Lock hospitals Punjab
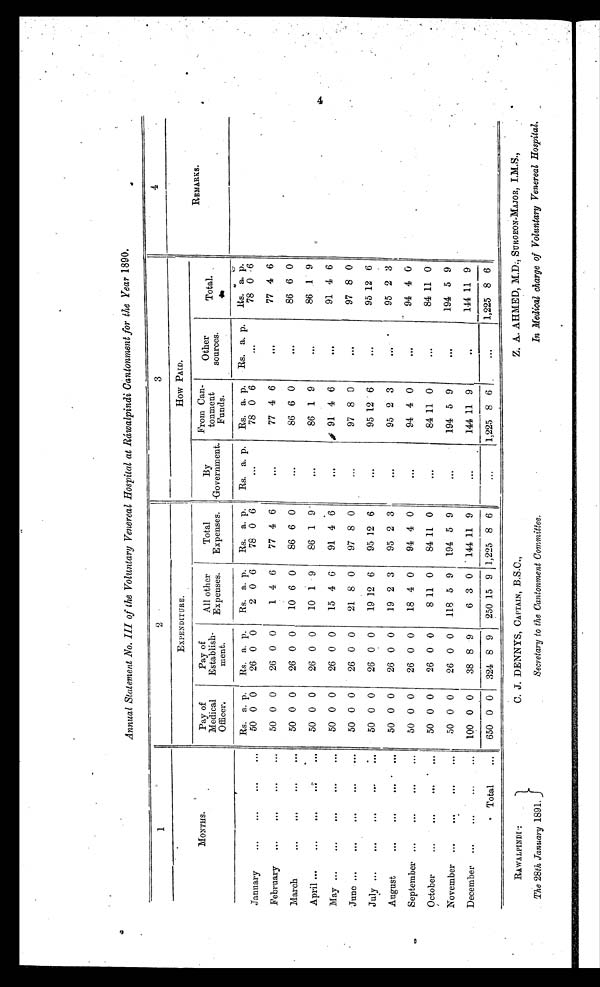
Annual Statement No. III of the Voluntary Venereal Hospital at Ráwalpindi Cantonment for the Year 1890.
1
2
3
4
MONTHS.
EXPENDITURE.
How PAID.
REMARKS.
Pay of
Medical
Officer.
Pay of
Establish-
ment.
All other
Expenses.
Total
Expenses.
By
Government.
From Can-
tonment
Funds.
Other
sources.
Total.
Rs. a. p.
Rs. a. p.
Rs. a. p.
Rs. a. p.
Rs. a. p.
Rs. a. p.
Rs. a. p.
Rs. a. p.
January
...
...
...
...
50 0 0
26 0 0
2 0 6
78 0 6
...
78 0 6
...
78 0 6
February
...
...
...
...
50 0 0
26 0 0
1 4 6
77 4 6
. . .
77 4 6
. . .
77 4 6
March
. . .
. . .
...
. . .
50 0 0
26 0 0
10 6 0
86 6 0
. . .
86 6 0
. . .
86 6 0
April ...
...
...
...
. . .
50 0 0
26 0 0
10 1 9
86 1 9
. . .
86 1 9
. . .
86 1
9
May ...
...
...
...
...
50 0 0
26 0 0
15 4 6
91 4 6
. . .
91 4 6
. . .
91 4 6
June ...
. . .
. . .
...
...
50 0 0
26 0 0
21 8 0
97 8 0
...
97 8 0
...
97 8 0
July ...
...
...
...
. . .
50 0 0
26 0 0
19 12 6
95 12 6
...
95 12 6
. . .
95 12 6
August
...
...
...
...
50 0 0
26 0 0
19 2 3
95 2 3
. . .
95 2 3
. . .
95 2 3
September ...
...
...
...
50 0 0
26 0 0
18 4 0
94 4 0
. . .
94 4 0
...
94 4 0
October
...
...
...
. . .
50 0 0
26 0 0
8 11 0
84 11 0
. . .
84 11 0
. . .
84 11 0
November ...
. . .
...
. . .
50 0 0
26 0 0
118 5 9
194 5 9
. . . 194 5 9
. . .
194 5 9
December ...
...
...
...
100 0 0
38 8 9
6 3 0
144 11 9
. . . 144 11 9
. . .
144 11 9
Total
...
650 0 0
324 8 9
250 15 9 1,225 8 6 ...
1,225 8 6
. . .
1,225 8 6
RAWALPINDI :
The 28th January 1891.
C. J. DENNYS, CAPTAIN, B.S .C.,
Secretary to the Cantonment Committee.
Z. A. AHMED, M.D., SURGEON-MAJOR, I.M.S.,
In Medical charge of Voluntary Venereal Hospital.